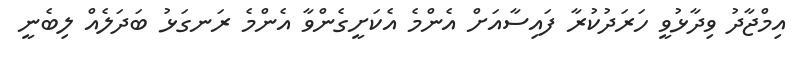
އިމްޖާދު ވިދާޅުވީ ހަރަދުކުރާ ފައިސާއަށް އެންމެ އެކަށީގެންވާ އެންމެ ރަނގަޅު ބަދަލެއް ލިބެނީ